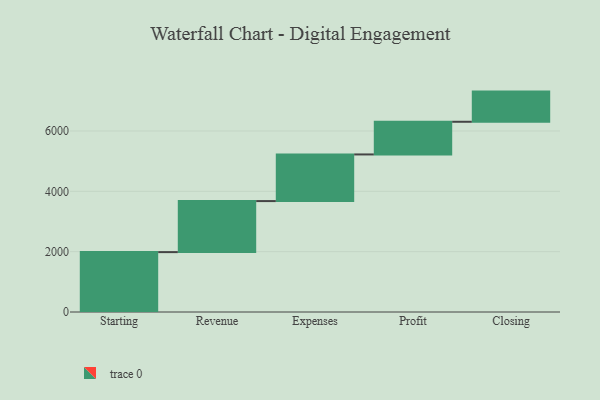
{"axis": {"x": "Step", "y": "Value"}, "legend": [""], "data": [{"x": "Starting", "y": 1985.0, "type": ""}, {"x": "Revenue", "y": 1692.0, "type": ""}, {"x": "Expenses", "y": 1546.0, "type": ""}, {"x": "Profit", "y": 1083.0, "type": ""}, {"x": "Closing", "y": 1000, "type": ""}]}